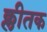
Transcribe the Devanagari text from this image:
क्लीतक